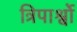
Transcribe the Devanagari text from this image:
त्रिपार्श्वो